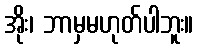
အိုး၊ ဘာမှမဟုတ်ပါဘူး။